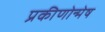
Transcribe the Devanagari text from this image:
प्रकीणोन्मेष